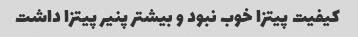
کیفیت پیتزا خوب نبود و بیشتر پنیر پیتزا داشت